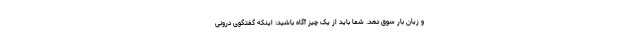
و زیان بار سوق دهد. شما باید از یک چیز آگاه باشید: اینکه گفتگوی درونی